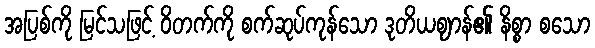
အပြစ်ကို မြင်သဖြင့် ဝိတက်ကို စက်ဆုပ်ကုန်သော ဒုတိယဈာန်၏ နိစ္စာ စသော